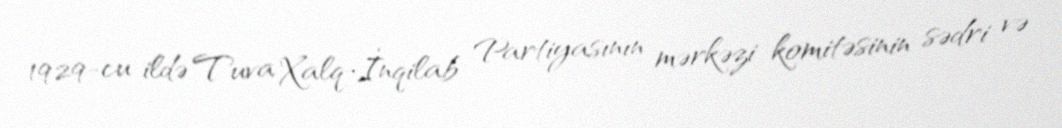
1929-cu ildə Tuva Xalq-İnqilab Partiyasının mərkəzi komitəsinin sədri və